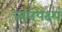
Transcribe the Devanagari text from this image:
त्वनपेक्ष्यं